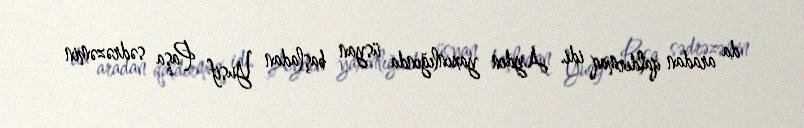
da aradan qaldırmaq idi. Aydın yaxınlığında üsyan başladan Yusif Paşa sədrəzəmin